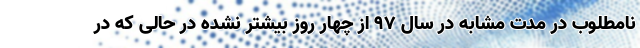
نامطلوب در مدت مشابه در سال ۹۷ از چهار روز بیشتر نشده در حالی که در